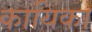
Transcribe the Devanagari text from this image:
कायिका